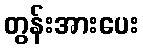
တွန်းအားပေး